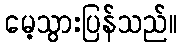
မေ့သွားပြန်သည်။